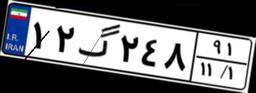
۱۲گ۲۴۸۹۱